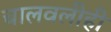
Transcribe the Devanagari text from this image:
चालवलीही